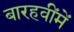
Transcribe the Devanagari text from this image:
बारहवींमें